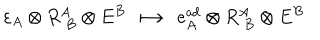
\varepsilon _ { A } \otimes R _ { \; B } ^ { A } \otimes E ^ { B } \; \longmapsto \; e _ { A } ^ { \mathrm { a d } } \otimes R _ { \; B } ^ { A } \otimes E ^ { B }